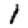
Digit: 1